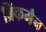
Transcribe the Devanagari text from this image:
ब्रिंकमैन